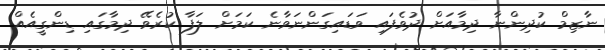
ނާޒިމް ކުދިންނާ ދިމާއަށް ދުވެފައި ވަޑައިގަންނަވާނެ ކަމަށް ލަފާ ކުރެވޭ ދިމާގައި ޑިންގީއެއް